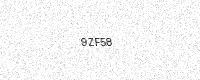
Text: 9ZF58